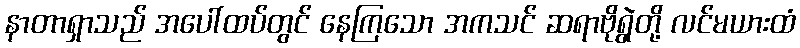
နာတာရှာသည် အပေါ်ထပ်တွင် နေကြသော အကသင် ဆရာဗိုရွဲတို့ လင်မယားထံ